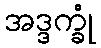
အဒ္ဒက္ခုံ